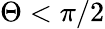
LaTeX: \Theta<\pi/2